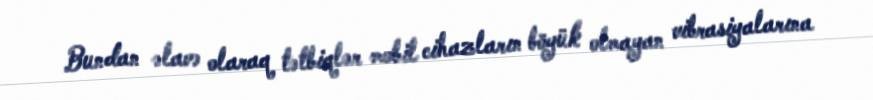
Bundan əlavə olaraq tətbiqlər mobil cihazların böyük olmayan vibrasiyalarına